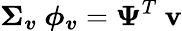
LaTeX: \boldsymbol{\Sigma_{v}}\ \boldsymbol{\phi_{v}}=\boldsymbol{\Psi}^{T}\ \textbf{v}